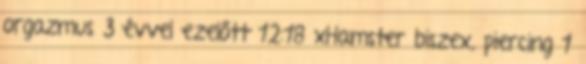
orgazmus 3 évvel ezelőtt 12:18 xHamster biszex, piercing 1